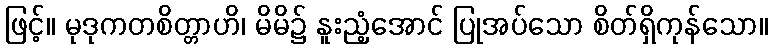
ဖြင့်။ မုဒုကတစိတ္တာဟိ၊ မိမိ၌ နူးညံ့အောင် ပြုအပ်သော စိတ်ရှိကုန်သော။